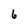
Character: 6